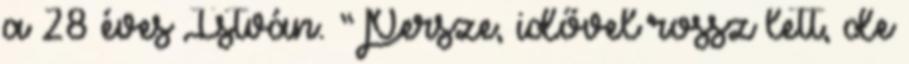
a 28 éves István. “Persze, idővel rossz lett, de